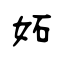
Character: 妬